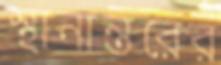
স্থানান্তরের